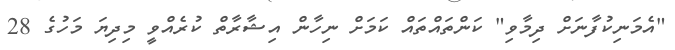
"އެމަނިކުފާނަށް ދިމާވި" ކަންތައްތައް ކަމަށް ނިހާން އިޝާރާތް ކުރެއްވީ މިދިޔަ މަހުގެ 28